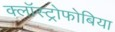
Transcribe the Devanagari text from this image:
क्लॉस्ट्रोफोबिया